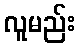
လူမည်း